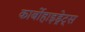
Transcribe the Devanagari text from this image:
कार्बोहाइड्रेट्‌स